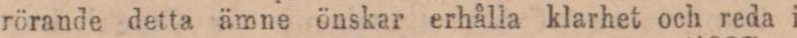
rörande detta ämne önskar erhålla klarhet och reda i